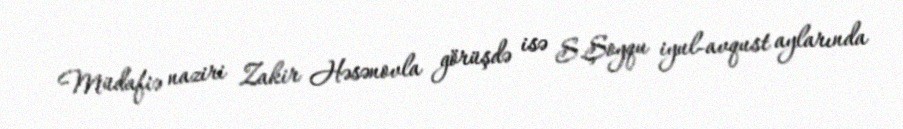
Müdafiə naziri Zakir Həsənovla görüşdə isə S.Şoyqu iyul-avqust aylarında